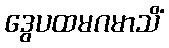
ဒွေပထမဂမာသိံ